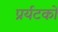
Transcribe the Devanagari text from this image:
प्रर्यटकों